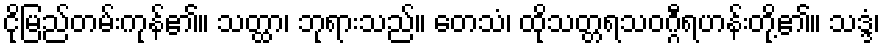
ငိုမြည်တမ်းကုန်၏။ သတ္ထာ၊ ဘုရားသည်။ တေသံ၊ ထိုသတ္တရသဝဂ္ဂီရဟန်းတို့၏။ သဒ္ဒံ၊